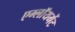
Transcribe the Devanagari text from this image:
एम्लॉयमेंट